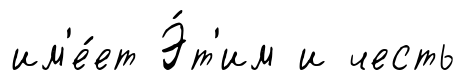
им'е́ет Э́т'им и честь